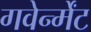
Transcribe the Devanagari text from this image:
गवेर्न्मेंट